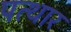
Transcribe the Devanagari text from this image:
पत्थार